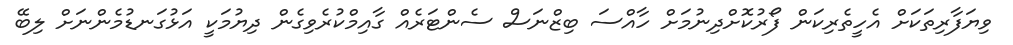
ވިޔަފާރިތަކަށް އެހީތެރިކަން ފޯރުކޮށްދިނުމަށް ހާއްސަ ބިޒްނަސް ސެންޓަރެއް ގާއިމްކުރެވިގެން ދިޔުމަކީ އަޅުގަނޑުމެންނަށް ލިބޭ